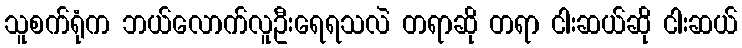
သူစက်ရုံက ဘယ်လောက်လူဦးရေရသလဲ တရာဆို တရာ ငါးဆယ်ဆို ငါးဆယ်